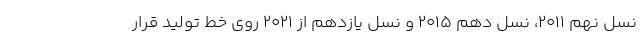
نسل نهم 2011، نسل دهم 2015 و نسل یازدهم از 2021 روی خط تولید قرار